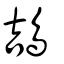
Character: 鴶